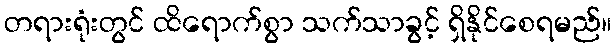
တရားရုံးတွင် ထိရောက်စွာ သက်သာခွင့် ရှိနိုင်စေရမည်။